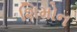
શિમોન